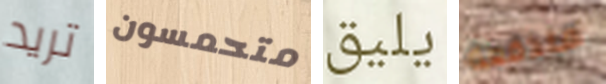
تريد متحمسون يليق مندفعة